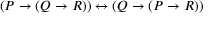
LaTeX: ( P \to ( Q \to R ) ) \leftrightarrow ( Q \to ( P \to R ) )